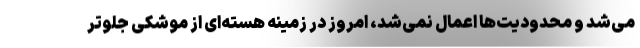
می‌شد و محدودیت‌ها اعمال نمی‌شد، امروز در زمینه هسته‌ای از موشکی جلوتر